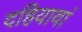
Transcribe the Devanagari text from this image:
दहियावां